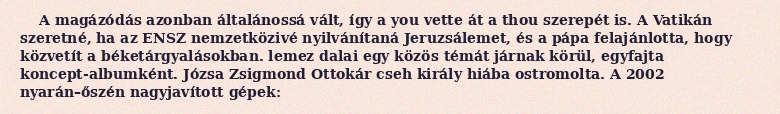
A magázódás azonban általánossá vált, így a you vette át a thou szerepét is. A Vatikán szeretné, ha az ENSZ nemzetközivé nyilvánítaná Jeruzsálemet, és a pápa felajánlotta, hogy közvetít a béketárgyalásokban. lemez dalai egy közös témát járnak körül, egyfajta koncept-albumként. Józsa Zsigmond Ottokár cseh király hiába ostromolta. A 2002 nyarán–őszén nagyjavított gépek: